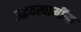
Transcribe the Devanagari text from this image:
उद्धवस्वामींना